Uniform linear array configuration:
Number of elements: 4
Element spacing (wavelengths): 1
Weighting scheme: hann
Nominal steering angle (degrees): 30
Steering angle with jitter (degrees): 31.288
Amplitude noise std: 0.05
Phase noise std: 0.05

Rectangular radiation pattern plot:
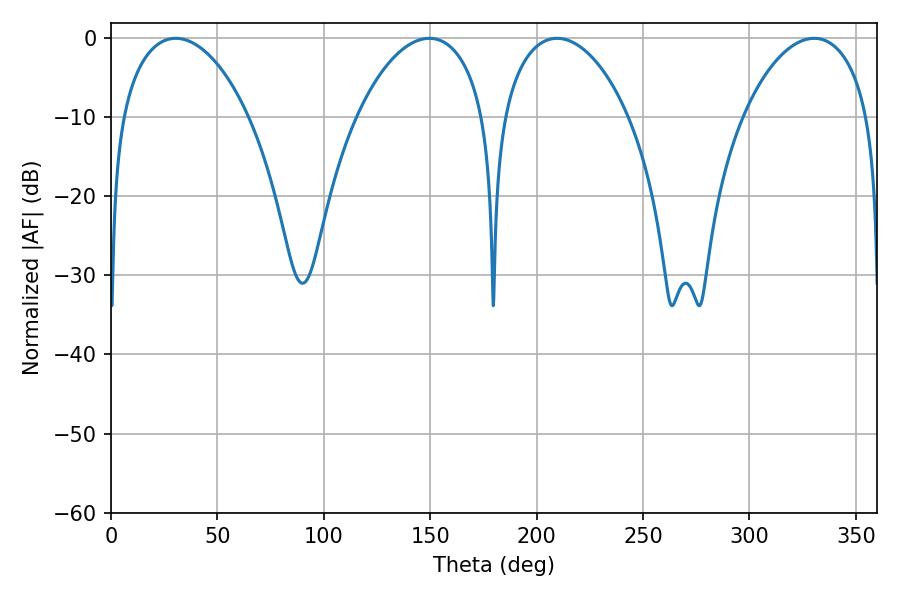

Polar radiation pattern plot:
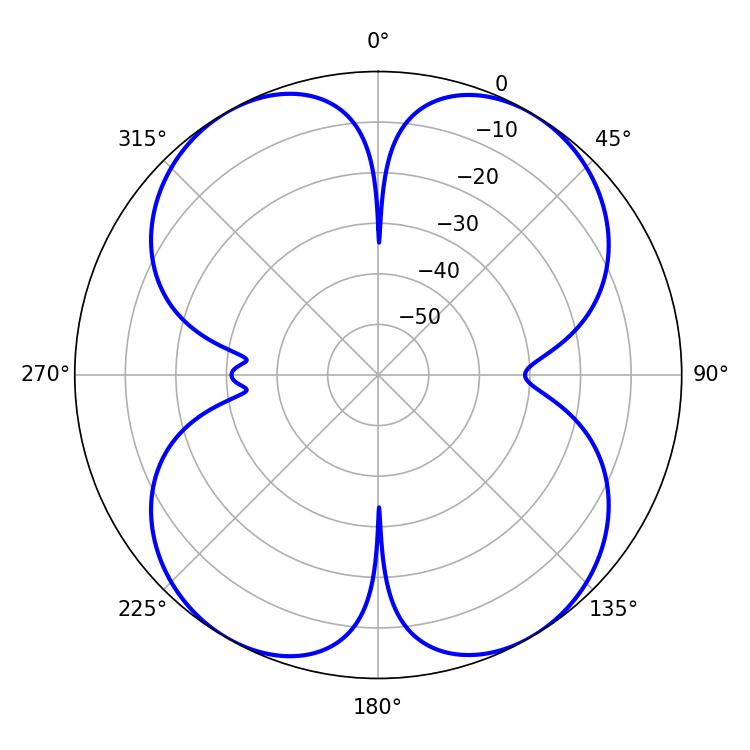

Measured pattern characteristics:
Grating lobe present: TRUE
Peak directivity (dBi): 18.844
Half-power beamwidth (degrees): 34.02
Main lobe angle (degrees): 30.42